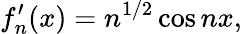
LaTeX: f_{n}^{\prime}(x)=n^{1/2}\cos nx,